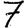
Digit: 7